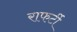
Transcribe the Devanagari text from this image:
राफर्टी